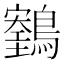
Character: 𪆕